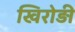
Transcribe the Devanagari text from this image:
खिरोड़ी